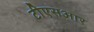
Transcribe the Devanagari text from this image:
टीएसआर